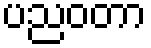
ပညဝတာ